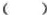
（ ）